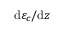
\mathrm { d } \varepsilon _ { c } / \mathrm { d } z